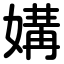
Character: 媾